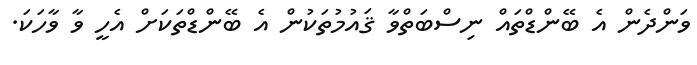
ވަންދެން އެ ބޭންޑްތައް ނިސްބަތްވާ ޤައުމުތަކުން އެ ބޭންޑްތަކަށް އެހީ ވާ ވާހަކަ.